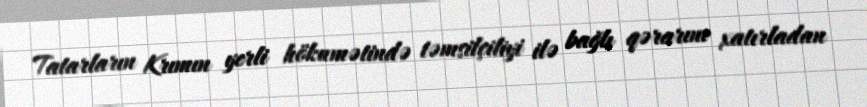
Tatarların Krımın yerli hökumətində təmsilçiliyi ilə bağlı qərarını xatırladan